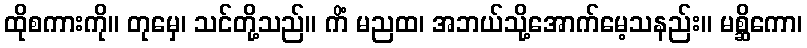
ထိုစကားကို။ တုမှေ၊ သင်တို့သည်။ ကိံ မညထ၊ အဘယ်သို့အောက်မေ့သနည်း။ မစ္ဆိကော၊